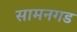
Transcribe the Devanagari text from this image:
सामनगड